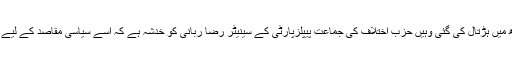
آرڈیننس کے خلاف جہاں سندھ میں ہڑتال کی گئی وہیں حزب اختلاف کی جماعت پیپلزپارٹی کے سینیٹر رضا ربانی کو خدشہ ہے کہ اسے سیاسی مقاصد کے لیے بھی استمعال کیا جا سکتا ہے۔